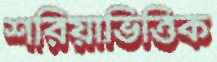
শরিয়াভিত্তিক